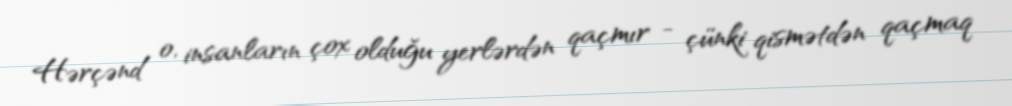
Hərçənd o, insanların çox olduğu yerlərdən qaçmır - çünki qismətdən qaçmaq